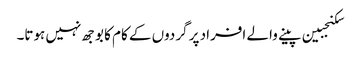
سکنجبین پینے والے افراد پر گردوں کے کام کا بوجھ نہیں ہوتا۔